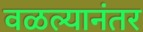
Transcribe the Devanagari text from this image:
वळल्यानंतर